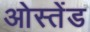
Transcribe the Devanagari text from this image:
ओस्तेंड